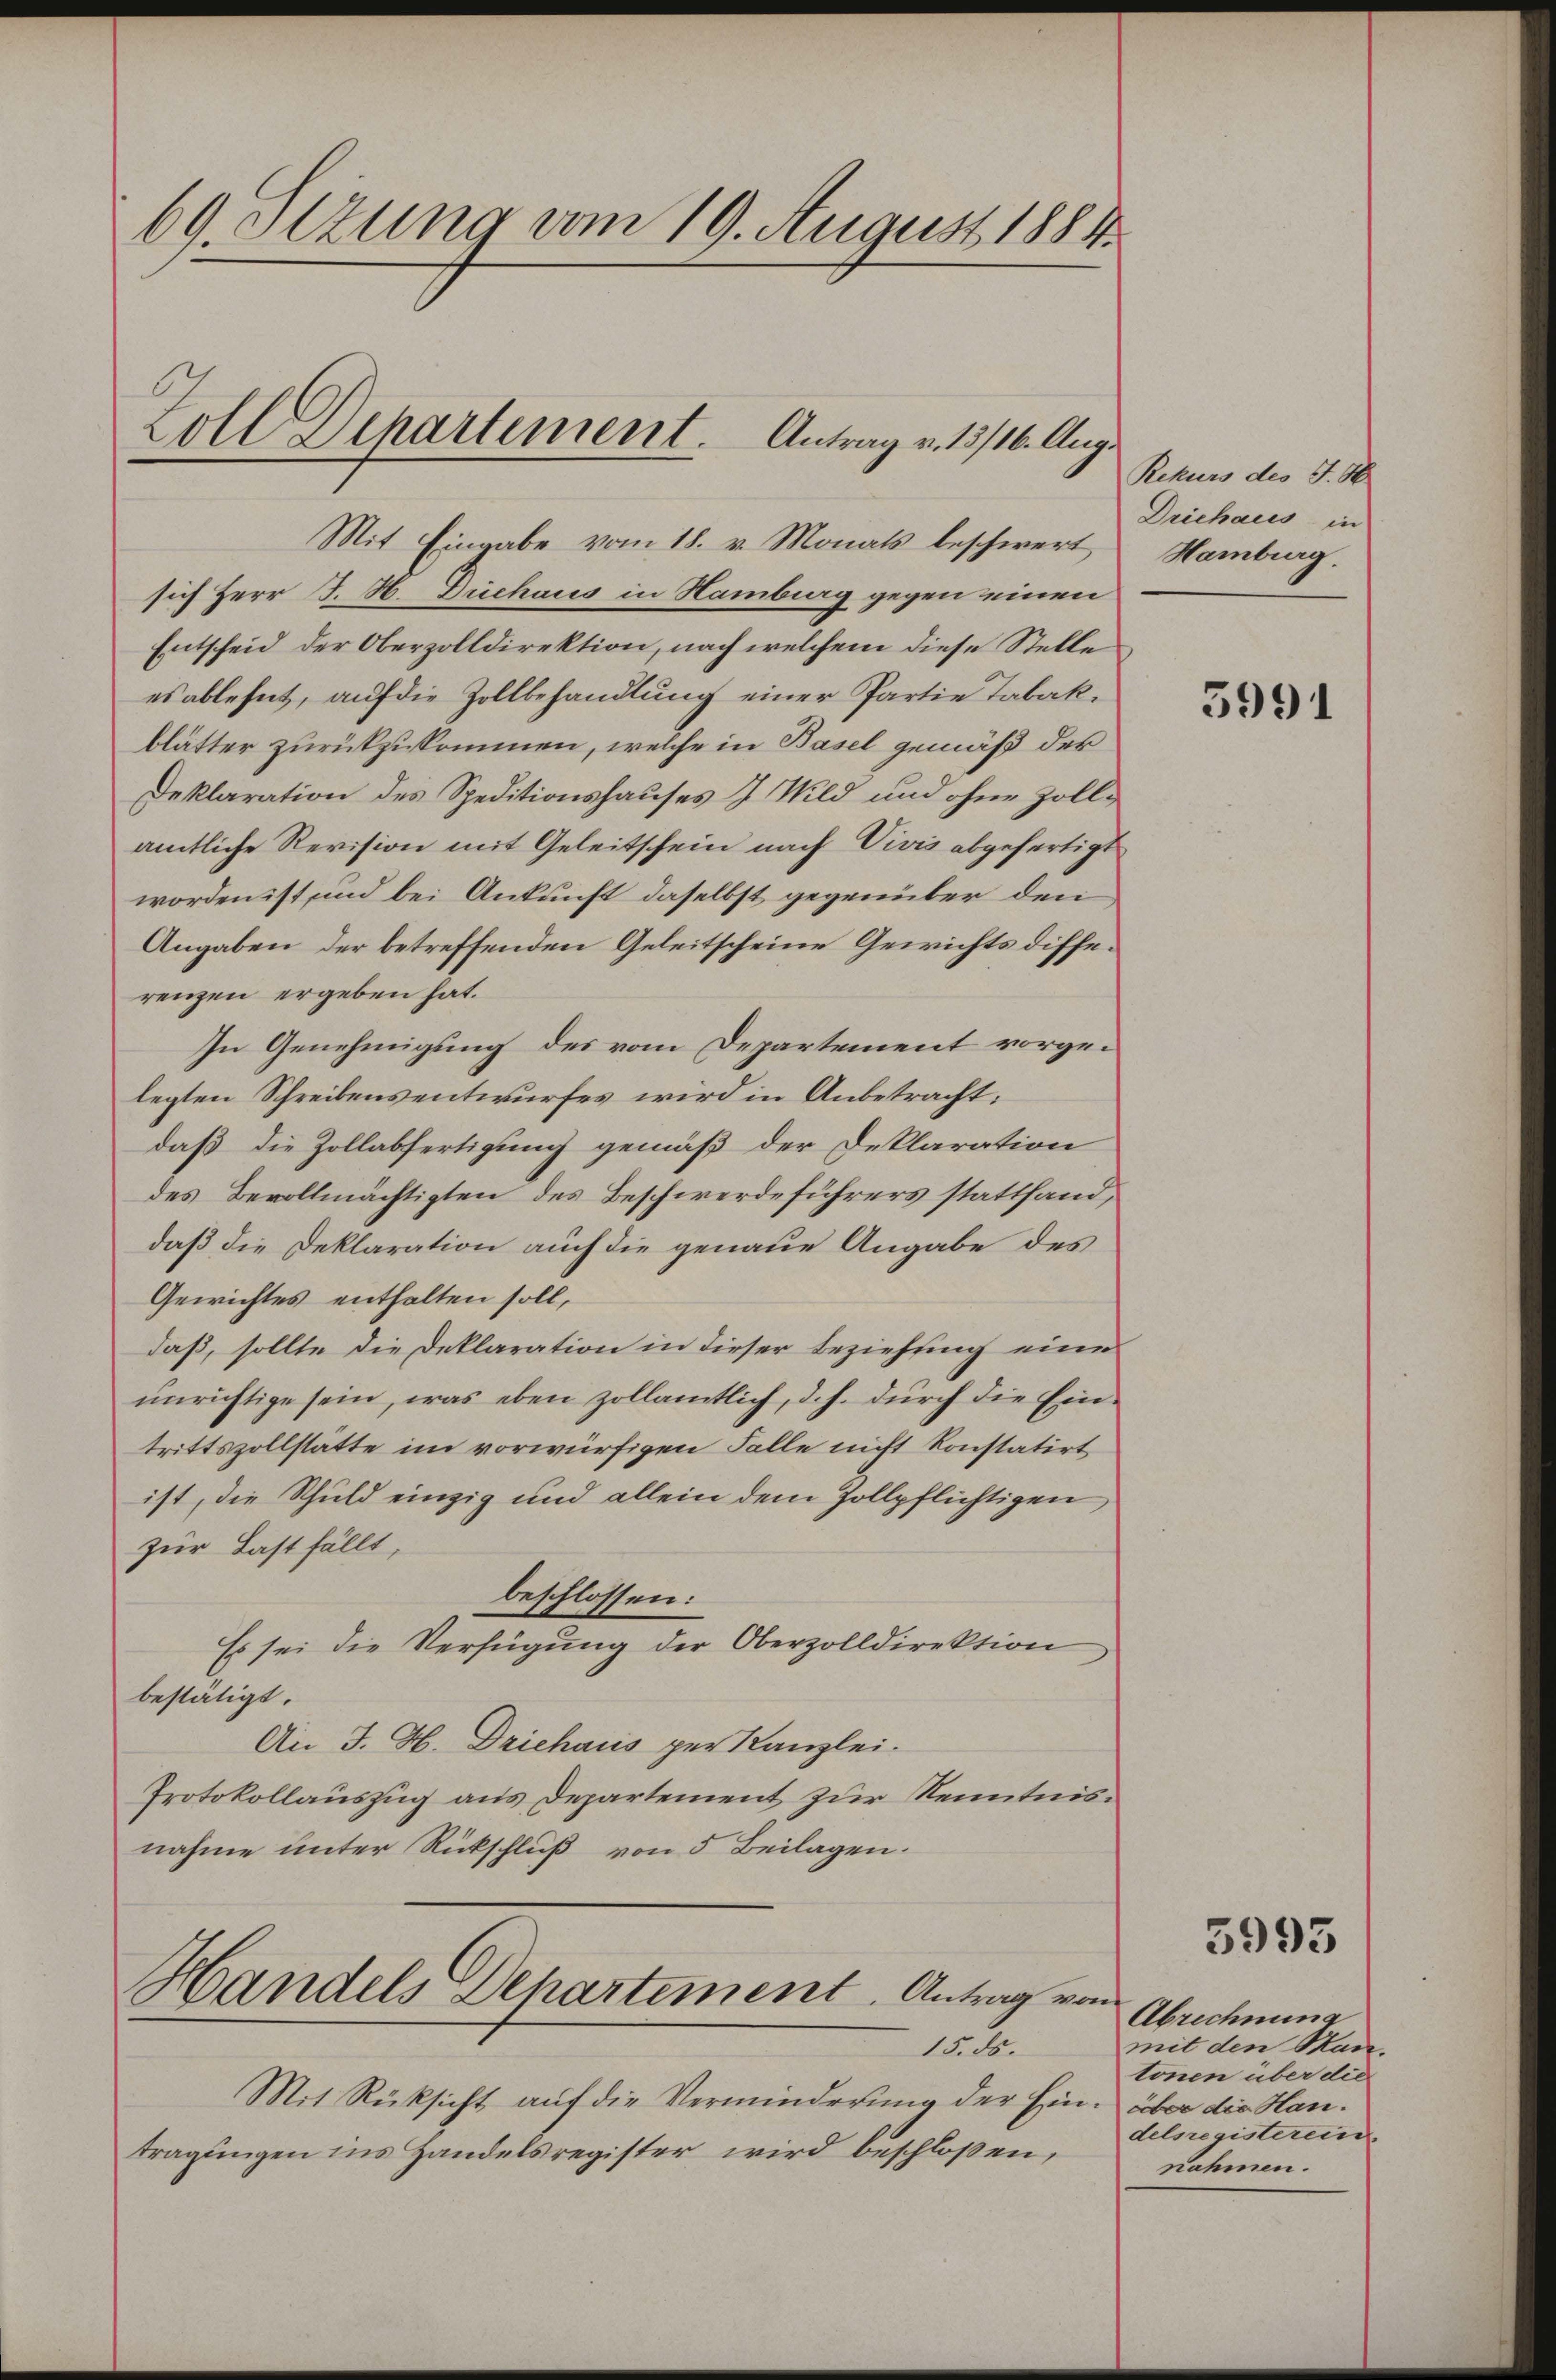
69.Otzung vom 19. August 1884
Zoll Departement. Antrag v. 13/16. Aug.

Mit Eingabe vom 18. v. Monats beschwert
sich Herr J. H. Durchaus in Hamburg gegen einen
Entscheid der Oberzolldirektion, nach welchem diese Stelle
es ablehnt, auf die Zollbehandlung einer Partie Tabakblätter zurückzukommen, welche in Basel gemäß der
Deklaration des Speditionshauses J. Wild und ohne Zollamtliche Revision mit Geleitschein nach Vivis abgefertigt
worden ist und bei Ankunft daselbst gegenüber den
Angaben der betreffenden Geleitscheine Gewichts differenzen ergeben hat.
In Genehmigung des vom Departement vorgelegten Schreibensentwurfes wird in Anbetracht:
daß die Zollabfertigung gemäß der Deklaration
des Bevollmächtigten des Beschwerdeführers stattfand,
daß die Deklaration auch die genaue Angabe des
Gewichtes enthalten soll,
daß, sollte die Deklaration in dieser Beziehung eine
unrichtige sein, was eben zollamtlich, d. h. dŭrch die Ein-
trittszollstätte im vorwürfigen Falle nicht konstatirt
ist, die Schuld einzig und allein dem Zollpflichtigen,
zur Last fällt,
beschlossen:
Es sei die Verfügung der Oberzolldirektion
bestätigt.
An J. H. Driehaus per Kanzlei.
Protokollauszug aus Departement zur Kenntnisnahme unter Rückschluß von 5 Beilagen.

Handels Departement. Antrag vom

15. ds.
Mit Rücksicht auf die Verminderung der Ein- über die Hantragungen ins Handelsregister wird beschloßen,

Rekurs des J. H
Driehaus in
Hamburg.

5991

5993

Abrechnung
mit den Mantonen über die
delsregisterein.
nähmen.